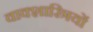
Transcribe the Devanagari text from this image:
वाक्शास्त्रियों